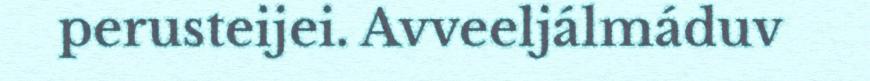
perusteijei. Avveeljálmáduv